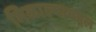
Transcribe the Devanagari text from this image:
मिळाल्याबद्दल